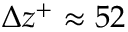
\Delta z ^ { + } \approx 5 2